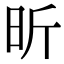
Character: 昕